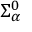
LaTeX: \Sigma _ { \alpha } ^ { 0 }